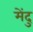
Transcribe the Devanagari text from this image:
मेंदु